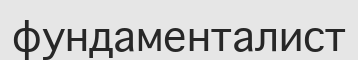
фундаменталист